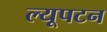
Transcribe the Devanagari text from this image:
ल्यूपटन